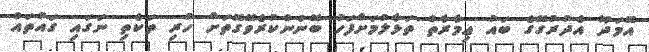
އޮމަދޫ އެދުރުގޭގެ ބައު ޢިމާރާތް ތަޅާލުމަށްފަހު ބޭނުންކުރެވޭގޮތަށް ހުރި ތަކެތި ނަގައި ގައުތައް